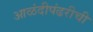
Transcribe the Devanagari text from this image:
आळंदीपंढरीची